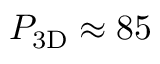
\ensuremath { P _ { \mathrm { 3 D } } } \approx 8 5